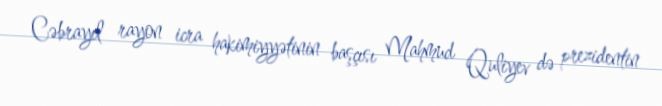
Cəbrayıl rayon icra hakimiyyətinin başçısı Mahmud Quliyev də prezidentin